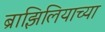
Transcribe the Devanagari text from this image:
ब्राझिलियाच्या